Indian journal of veterinary science and animal husbandry - Volumes 24-25, 1954-1955
Year: 1954
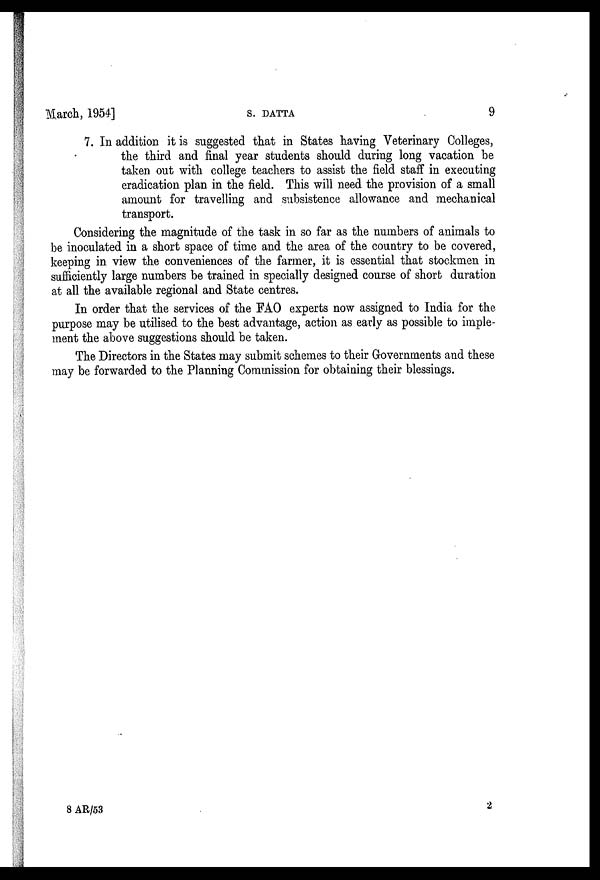
March, 1954] S. DATTA 9
7. In addition it is suggested that in States having Veterinary Colleges,
the third and final year students should during long vacation be
taken out with college teachers to assist the field staff in executing
eradication plan in the field. This will need the provision of a small
amount for travelling and subsistence allowance and mechanical
transport.
Considering the magnitude of the task in so far as the numbers of animals to
be inoculated in a short space of time and the area of the country to be covered,
keeping in view the conveniences of the farmer, it is essential that stockmen in
sufficiently large numbers be trained in specially designed course of short duration
at all the available regional and State centres.
In order that the services of the FAO experts now assigned to India for the
purpose may be utilised to the best advantage, action as early as possible to imple-
ment the above suggestions should be taken.
The Directors in the States may submit schemes to their Governments and these
may be forwarded to the Planning Commission for obtaining their blessings.